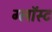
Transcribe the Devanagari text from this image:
ग्लॉस्ट